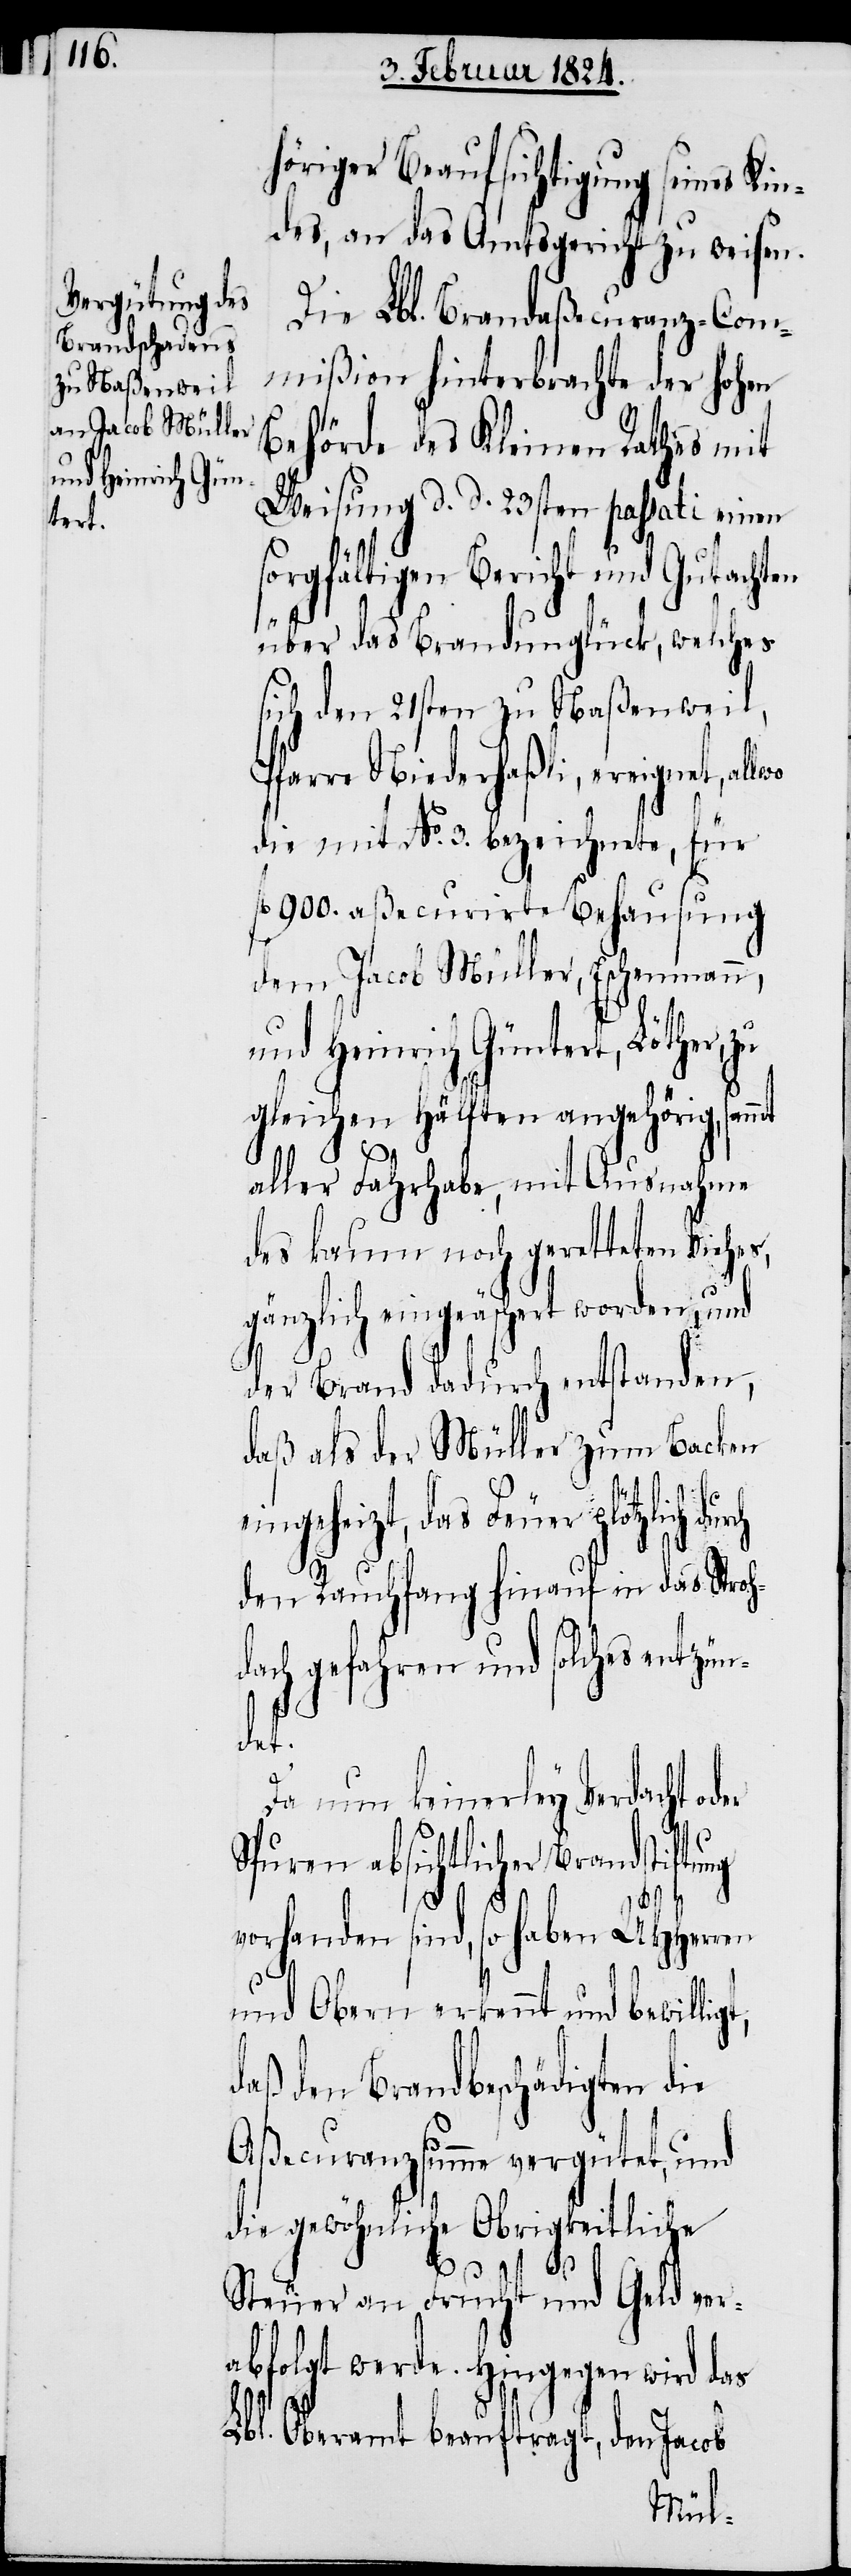
höriger Beaufsichtigung seines Kin¬
des, an das Amtsgericht zu weisen.
Die Lbl. Brandaßecuranz-Com¬
mißion hinterbrachte der hohen
Behörde des Kleinen Rathes mit
Weisung d. d. 23sten passati einen
sorgfältigen Bericht und Gutachten
über das Brandunglück, welches
sich den 21sten zu Naßenweil,
Pfarre Niederhaßli, ereignet, al¬
die mit No. 3. bezeichnete, für
l. 900. aßecurirte Behausung
dem Jacob Müller, Eschenmann,
und Heinrich Güntert, Löther,
gleichen Hälften angehörig, sam¬
t,
aller Fahrhabe, mit Ausnahme
des kaum noch geretteten Viehes,
gänzlich eingeäschert worden, und
der Brand dadurch entstanden,
daß als der Müller zum Backen
eingeheizt, das Feuer plötzlich
den Rauchfang hinauf in das Stroh¬
dach gefahren und solches entzü¬
ndet.
Da nun keinerley Verdacht oder
Spuren absichtlicher Brandstiftung
vorhanden sind, so haben UHHerren
und Obern erkennt und bewillig¬
daß den Brandbeschädigten die
Aßecuranzsumme vergütet, und
die gewöhnliche Obrigkeitliche
lwo
Steuer an Frucht und Geld ver¬
abfolgt werde. Hingegen wird das
Lbl. Oberamt beauftragt, den Jacob